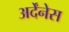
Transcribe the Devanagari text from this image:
अर्देंनेस